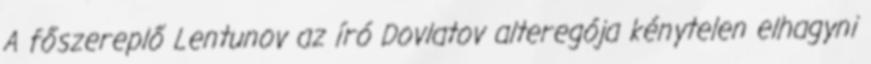
A főszereplő Lentunov az író Dovlatov alteregója kénytelen elhagyni